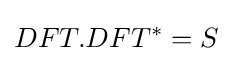
DFT.DFT^{*}=S